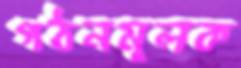
গঠনমূলক